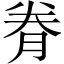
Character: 𮌐